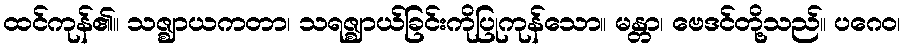
ထင်ကုန်၏။ သဇ္ဈာယကတာ၊ သရဇ္ဈာယ်ခြင်းကိုပြုကုန်သော။ မန္တာ၊ ဗေဒင်တို့သည်။ ပဂေဝ၊